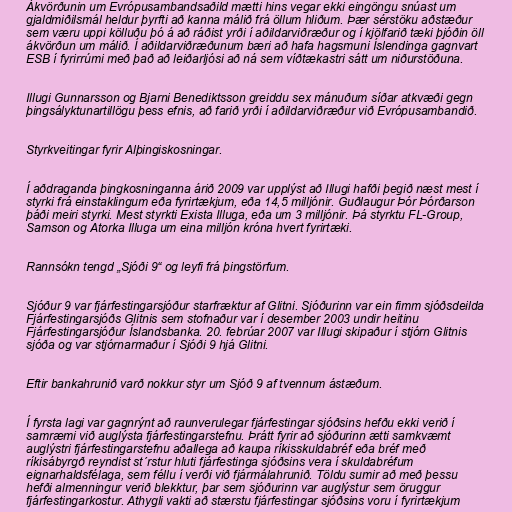
Ákvörðunin um Evrópusambandsaðild mætti hins vegar ekki eingöngu snúast um
gjaldmiðilsmál heldur þyrfti að kanna málið frá öllum hliðum. Þær sérstöku aðstæður
sem væru uppi kölluðu þó á að ráðist yrði í aðildarviðræður og í kjölfarið tæki þjóðin öll
ákvörðun um málið. Í aðildarviðræðunum bæri að hafa hagsmuni Íslendinga gagnvart
ESB í fyrirrúmi með það að leiðarljósi að ná sem víðtækastri sátt um niðurstöðuna.

Illugi Gunnarsson og Bjarni Benediktsson greiddu sex mánuðum síðar atkvæði gegn
þingsályktunartillögu þess efnis, að farið yrði í aðildarviðræður við Evrópusambandið.

Styrkveitingar fyrir Alþingiskosningar.

Í aðdraganda þingkosninganna árið 2009 var upplýst að Illugi hafði þegið næst mest í
styrki frá einstaklingum eða fyrirtækjum, eða 14,5 milljónir. Guðlaugur Þór Þórðarson
þáði meiri styrki. Mest styrkti Exista Illuga, eða um 3 milljónir. Þá styrktu FL-Group,
Samson og Atorka Illuga um eina milljón króna hvert fyrirtæki.

Rannsókn tengd „Sjóði 9“ og leyfi frá þingstörfum.

Sjóður 9 var fjárfestingarsjóður starfræktur af Glitni. Sjóðurinn var ein fimm sjóðsdeilda
Fjárfestingarsjóðs Glitnis sem stofnaður var í desember 2003 undir heitinu
Fjárfestingarsjóður Íslandsbanka. 20. febrúar 2007 var Illugi skipaður í stjórn Glitnis
sjóða og var stjórnarmaður í Sjóði 9 hjá Glitni.

Eftir bankahrunið varð nokkur styr um Sjóð 9 af tvennum ástæðum.

Í fyrsta lagi var gagnrýnt að raunverulegar fjárfestingar sjóðsins hefðu ekki verið í
samræmi við auglýsta fjárfestingarstefnu. Þrátt fyrir að sjóðurinn ætti samkvæmt
auglýstri fjárfestingarstefnu aðallega að kaupa ríkisskuldabréf eða bréf með
ríkisábyrgð reyndist st´rstur hluti fjárfestinga sjóðsins vera í skuldabréfum
eignarhaldsfélaga, sem féllu í verði við fjármálahrunið. Töldu sumir að með þessu
hefði almenningur verið blekktur, þar sem sjóðurinn var auglýstur sem öruggur
fjárfestingarkostur. Athygli vakti að stærstu fjárfestingar sjóðsins voru í fyrirtækjum